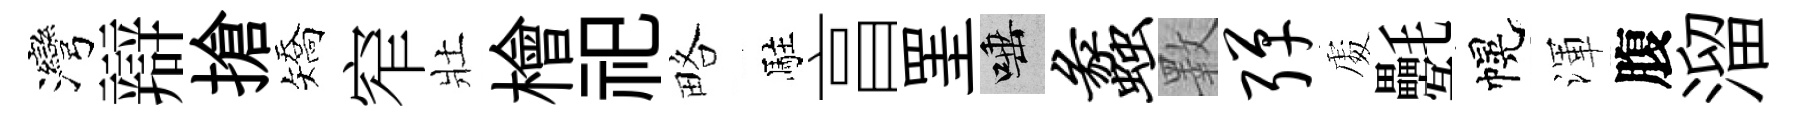
灣辯搶矯窄壯檜祀略駐亯罣唾蠡斁弹𠁅氎幌渾腹溜